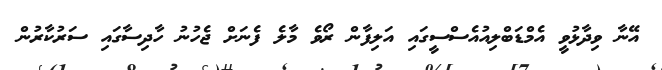
އޭނާ ވިދާޅުވީ އެމްޑަބްލިއުއެސްސީގައި އަލިފާން ރޯވެ މާލެ ފެނަށް ޖެހުނު ހާދިސާގައި ސަރުކާރުން